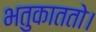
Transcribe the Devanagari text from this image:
भतुकाततो।